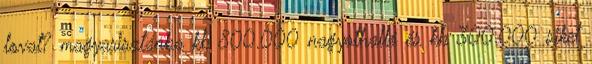
lovat? magyarisztánba kb 800.000 nagyothalló és kb 300.000 siket